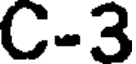
C-3